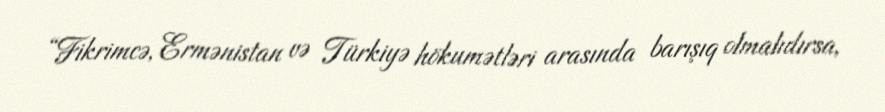
“Fikrimcə, Ermənistan və Türkiyə hökumətləri arasında barışıq olmalıdırsa,